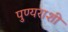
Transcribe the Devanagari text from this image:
पुण्यराशी